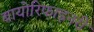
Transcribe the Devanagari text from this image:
बायोरिफाइनरी